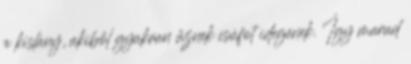
a kislány, akiből gyakran űznek csúfot idegenek. Így marad